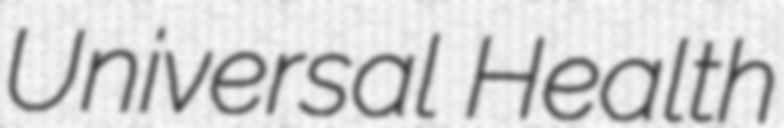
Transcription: Universal Health